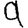
Digit: 9